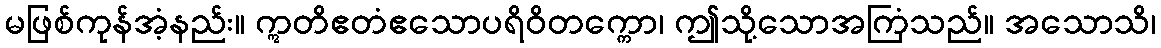
မဖြစ်ကုန်အံ့နည်း။ ဣတိဧတံဧသောပရိဝိတက္ကော၊ ဤသို့သောအကြံသည်။ အသောသိ၊